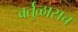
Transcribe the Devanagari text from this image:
वर्तुळासच